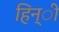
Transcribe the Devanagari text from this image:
हिन्ी